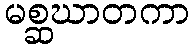
မစ္ဆဃာတကာ